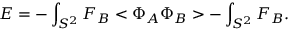
{ \cal E } = - \int _ { S ^ { 2 } } F _ { B } < \Phi _ { A } \Phi _ { B } > - \int _ { S ^ { 2 } } F _ { B } .